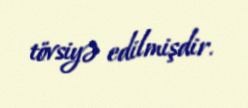
tövsiyə edilmişdir.